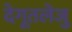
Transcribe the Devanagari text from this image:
देगूतलेजु